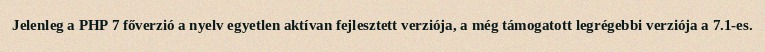
Jelenleg a PHP 7 főverzió a nyelv egyetlen aktívan fejlesztett verziója, a még támogatott legrégebbi verziója a 7.1-es.